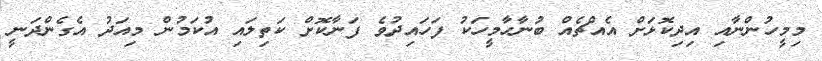
މިމީހުންނާއި އިދިކޮޅަށް އެއްޗެއް ބުނާހާމީހަކު ފަހައިދުވެ ފަނާކޮށް ކަތިލައި އުކަމުން މިއަދު އެގެންދަނީ